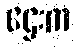
ဌေးက